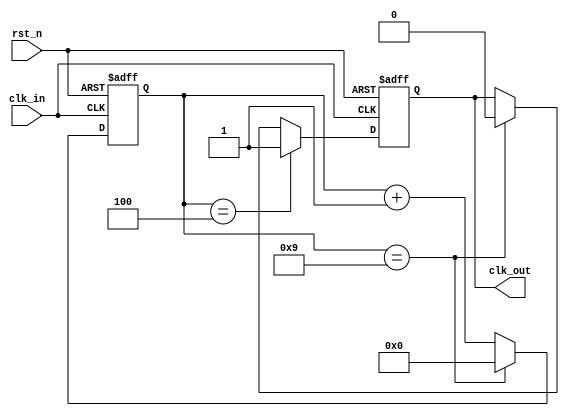
module clk_divider
    #(parameter dividor = 5)
( 	input clk_in,
	input rst_n,
	output clk_out
);
    
wire add_cnt;
wire end_cnt;
reg [5:0] cnt;
                    
always @(posedge clk_in or negedge rst_n)begin
    if(!rst_n)begin
        cnt <= 0;
    end
    else if(add_cnt)begin
        if(end_cnt)
            cnt <= 0;
        else
            cnt <= cnt + 1;
    end
end
                    
assign add_cnt = 1;  
assign end_cnt = add_cnt && cnt== 2*dividor - 1; 

always  @(posedge clk_in or negedge rst_n)begin
    if(rst_n==1'b0)begin
        clk_out <= 0;
    end
    else if(cnt == dividor - 1) begin
        clk_out <= 1;
    end
    else if (cnt == dividor * 2 -1) begin
        clk_out <= 0;
    end
end

endmodule